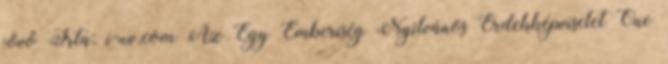
jövő Írta: i-uv.com Az Egy Emberiség Nyilvános Érdekképviselet One